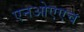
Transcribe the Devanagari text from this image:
एनओएएच